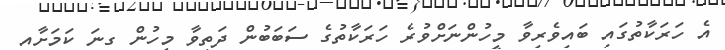
އެ ހަރަކާތުގައި ބައިވެރިވާ މީހުންނަށްވުރެ ހަރަކާތުގެ ސަބަބުން ދަތިވާ މީހުން ގިނަ ކަމަށާއި